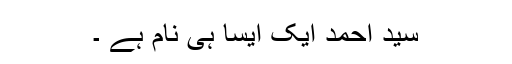
سید احمد ایک ایسا ہی نام ہے ۔